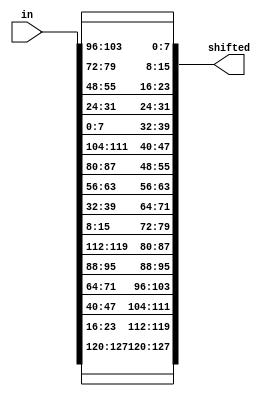
module inverseShiftRows (in, shifted);
	input [0:127] in;
	output [0:127] shifted;
	
	// First row (r = 0) is not shifted
	assign shifted[0+:8] = in[0+:8];
	assign shifted[32+:8] = in[32+:8];
	assign shifted[64+:8] = in[64+:8];
   assign shifted[96+:8] = in[96+:8];
	
	// Second row (r = 1) is cyclically right shifted by 1 offset
   assign shifted[8+:8] = in[104+:8];
   assign shifted[40+:8] = in[8+:8];
   assign shifted[72+:8] = in[40+:8];
   assign shifted[104+:8] = in[72+:8];
	
	// Third row (r = 2) is cyclically right shifted by 2 offsets
   assign shifted[16+:8] = in[80+:8];
   assign shifted[48+:8] = in[112+:8];
   assign shifted[80+:8] = in[16+:8];
   assign shifted[112+:8] = in[48+:8];
	
	// Fourth row (r = 3) is cyclically right shifted by 3 offsets
   assign shifted[24+:8] = in[56+:8];
   assign shifted[56+:8] = in[88+:8];
   assign shifted[88+:8] = in[120+:8];
   assign shifted[120+:8] = in[24+:8];

endmodule